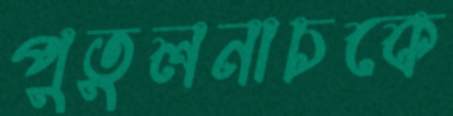
পুতুলনাচকে